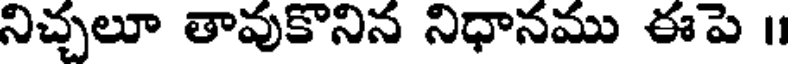
నిచ్చలూ తావుకొనిన నిధానము ఈపె ॥